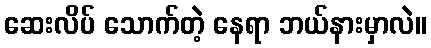
ဆေးလိပ် သောက်တဲ့ နေရာ ဘယ်နားမှာလဲ။